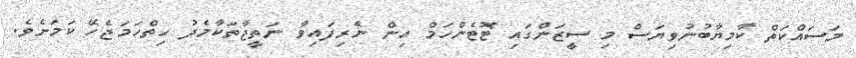
މަސައްކަތް ކާމިޔާބުނުވިޔަސް މި ސީޒަންގައި ޓޮޓެންހަމް އިން ނެރިފައިވާ ނަތީޖާތަކާމެދު ހިތްހަމަޖެހޭ ކަމަށެވެ.